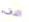
الدفء